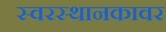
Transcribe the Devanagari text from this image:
स्वरस्थानकावर